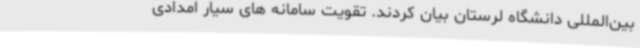
بین‌المللی دانشگاه لرستان بیان کردند. تقویت سامانه های سیار امدادی